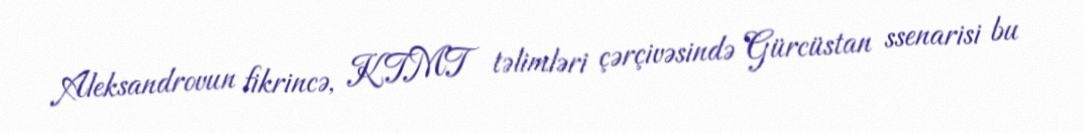
Aleksandrovun fikrincə, KTMT təlimləri çərçivəsində Gürcüstan ssenarisi bu